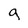
Character: g